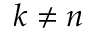
k \neq n